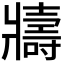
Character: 𭷈